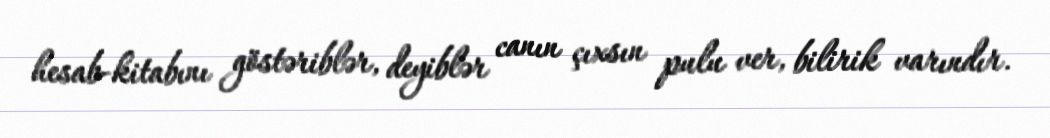
hesab-kitabını göstəriblər, deyiblər canın çıxsın pulu ver, bilirik varındır.